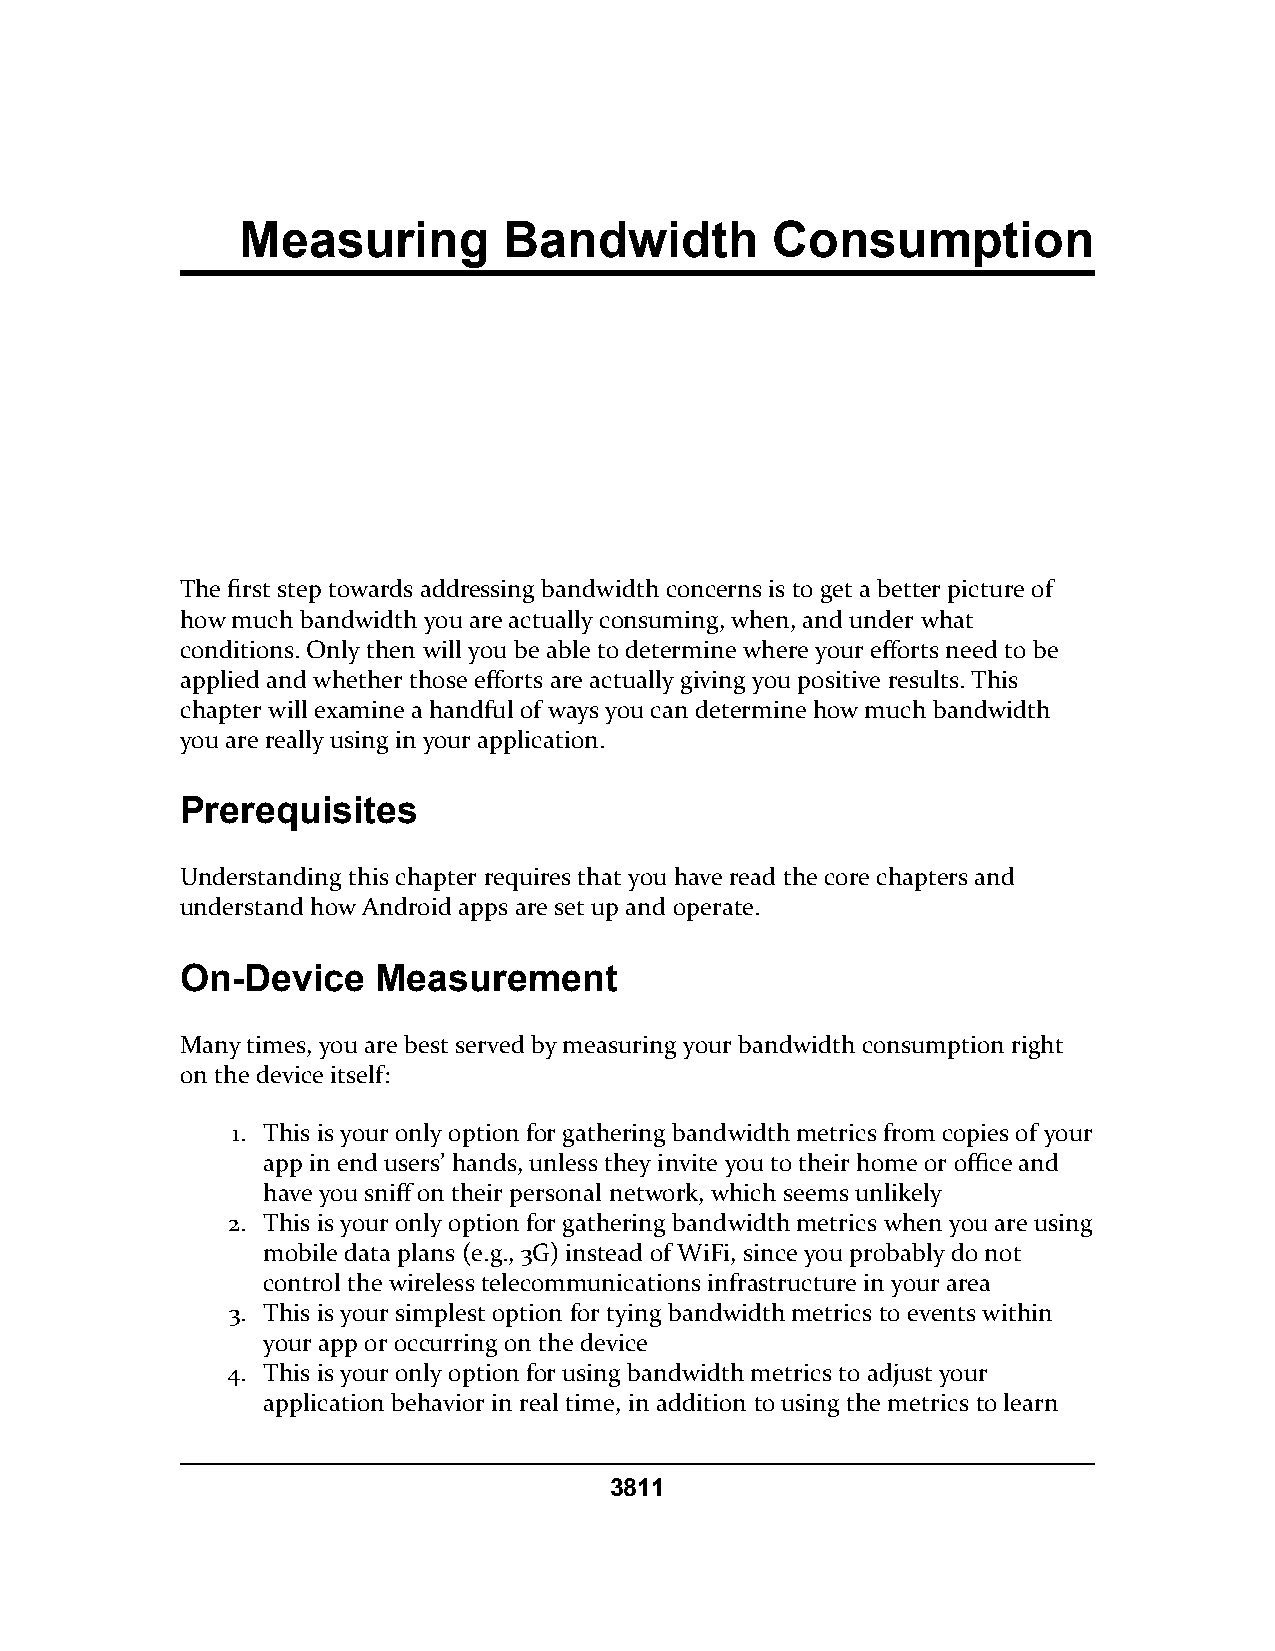
Measuring        Bandwidth         Consumption
 The first step towards addressing bandwidth concerns is to get a better picture of
 how much bandwidth you are actually consuming, when, and under what
 conditions. Only then will you be able to determine where your efforts need to be
 applied and whether those efforts are actually giving you positive results. This
 chapter will examine a handful of ways you can determine how much bandwidth
 you are really using in your application.
 Prerequisites
 Understanding this chapter requires that you have read the core chapters and
 understand how Android apps are set up and operate.
 On-Device    Measurement
 Many times, you are best served by measuring your bandwidth consumption right
 on the device itself:
 1. This is your only option for gathering bandwidth metrics from copies of your
 app in end users’ hands, unless they invite you to their home or office and
 have you sniff on their personal network, which seems unlikely
 2. This is your only option for gathering bandwidth metrics when you are using
 mobile data plans (e.g., 3G) instead of WiFi, since you probably do not
 control the wireless telecommunications infrastructure in your area
 3. This is your simplest option for tying bandwidth metrics to events within
 your app or occurring on the device
 4. This is your only option for using bandwidth metrics to adjust your
 application behavior in real time, in addition to using the metrics to learn
 3811